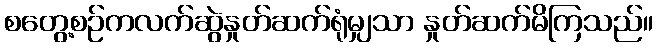
စတွေ့စဉ်ကလက်ဆွဲနှုတ်ဆက်ရုံမျှသာ နှုတ်ဆက်မိကြသည်။